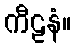
ကီဠနံ။